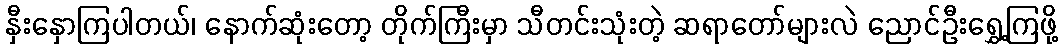
နှီးနှောကြပါတယ်၊ နောက်ဆုံးတော့ တိုက်ကြီးမှာ သီတင်းသုံးတဲ့ ဆရာတော်များလဲ ညောင်ဦးရွှေ့ကြဖို့